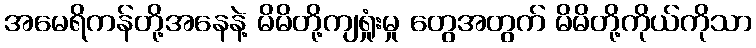
အမေရိကန်တို့အနေနဲ့ မိမိတို့ကျရှုံးမှု တွေအတွက် မိမိတို့ကိုယ်ကိုသာ